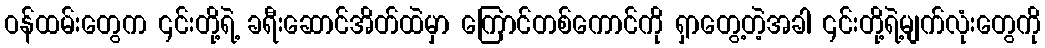
ဝန်ထမ်းတွေက ၎င်းတို့ရဲ့ ခရီးဆောင်အိတ်ထဲမှာ ကြောင်တစ်ကောင်ကို ရှာတွေ့တဲ့အခါ ၎င်းတို့ရဲ့မျက်လုံးတွေကို